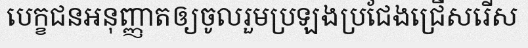
បេក្ខជនអនុញ្ញាតឲ្យចូលរួមប្រឡងប្រជែងជ្រើសរើស